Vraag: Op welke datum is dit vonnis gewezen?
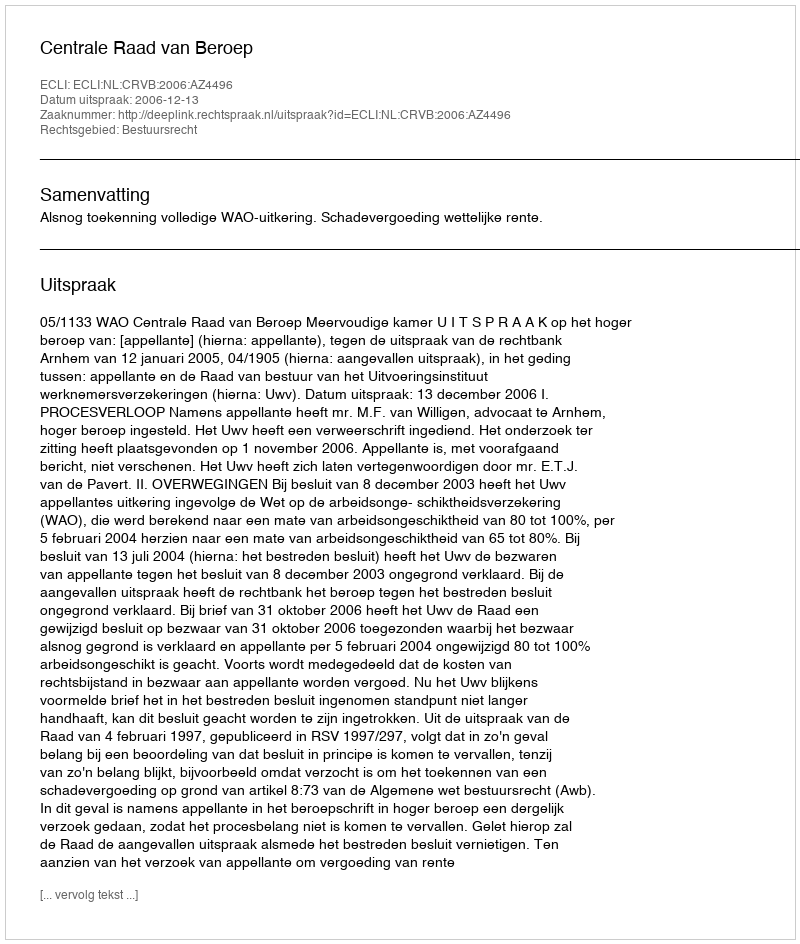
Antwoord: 2006-12-13